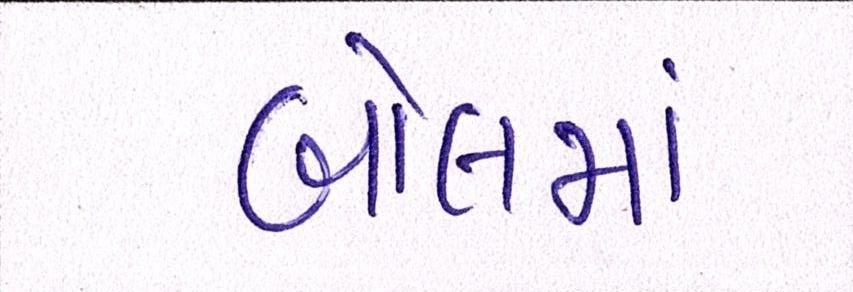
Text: બોલમાં